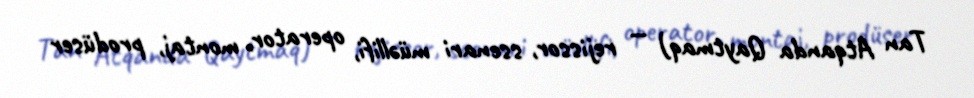
Tan Atqanda Qaytmaq) — rejissor, ssenari müəllifi, operator, montaj, prodüser